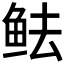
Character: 𱇜